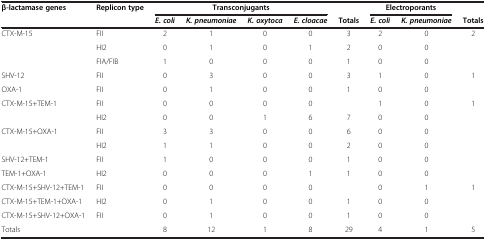
<table><thead><tr><td rowspan="2"><b>β-lactamase genes</b></td><td rowspan="2"><b>Replicon type</b></td><td colspan="4"><b>Transconjugants</b></td><td><b> </b></td><td colspan="2"><b>Electroporants</b></td><td><b> </b></td></tr><tr><td><b><i>E. coli</i></b></td><td><b><i>K. pneumoniae</i></b></td><td><b><i>K. oxytoca</i></b></td><td><b><i>E. cloacae</i></b></td><td><b>Totals</b></td><td><b><i>E. coli</i></b></td><td><b><i>K. pneumoniae</i></b></td><td><b>Totals</b></td></tr></thead><tbody><tr><td>CTX-M-15</td><td>FII</td><td>2</td><td>1</td><td>0</td><td>0</td><td>3</td><td>2</td><td>0</td><td>2</td></tr><tr><td> </td><td>HI2</td><td>0</td><td>1</td><td>0</td><td>1</td><td>2</td><td>0</td><td>0</td><td> </td></tr><tr><td> </td><td>FIA/FIB</td><td>1</td><td>0</td><td>0</td><td>0</td><td>1</td><td>0</td><td>0</td><td> </td></tr><tr><td>SHV-12</td><td>FII</td><td>0</td><td>3</td><td>0</td><td>0</td><td>3</td><td>1</td><td>0</td><td>1</td></tr><tr><td>OXA-1</td><td>FII</td><td>0</td><td>1</td><td>0</td><td>0</td><td>1</td><td>0</td><td>0</td><td> </td></tr><tr><td>CTX-M-15+TEM-1</td><td>FII</td><td>0</td><td>0</td><td>0</td><td>0</td><td> </td><td>1</td><td>0</td><td>1</td></tr><tr><td> </td><td>HI2</td><td>0</td><td>0</td><td>1</td><td>6</td><td>7</td><td>0</td><td>0</td><td> </td></tr><tr><td>CTX-M-15+OXA-1</td><td>FII</td><td>3</td><td>3</td><td>0</td><td>0</td><td>6</td><td>0</td><td>0</td><td> </td></tr><tr><td> </td><td>HI2</td><td>1</td><td>1</td><td>0</td><td>0</td><td>2</td><td>0</td><td>0</td><td> </td></tr><tr><td>SHV-12+TEM-1</td><td>FII</td><td>1</td><td>0</td><td>0</td><td>0</td><td>1</td><td>0</td><td>0</td><td> </td></tr><tr><td>TEM-1+OXA-1</td><td>HI2</td><td>0</td><td>0</td><td>0</td><td>1</td><td>1</td><td>0</td><td>0</td><td> </td></tr><tr><td>CTX-M-15+SHV-12+TEM-1</td><td>FII</td><td>0</td><td>0</td><td>0</td><td>0</td><td> </td><td>0</td><td>1</td><td>1</td></tr><tr><td>CTX-M-15+TEM-1+OXA-1</td><td>HI2</td><td>0</td><td>1</td><td>0</td><td>0</td><td>1</td><td>0</td><td>0</td><td> </td></tr><tr><td>CTX-M-15+SHV-12+OXA-1</td><td>FII</td><td>0</td><td>1</td><td>0</td><td>0</td><td>1</td><td>0</td><td>0</td><td> </td></tr><tr><td>Totals</td><td> </td><td>8</td><td>12</td><td>1</td><td>8</td><td>29</td><td>4</td><td>1</td><td>5</td></tr></tbody></table>